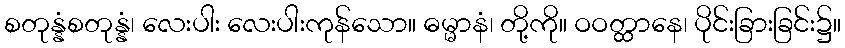
စတုန္နံစတုန္နံ၊ လေးပါး လေးပါးကုန်သော။ ဓမ္မာနံ၊ တို့ကို။ ဝဝတ္ထာနေ၊ ပိုင်းခြားခြင်း၌။